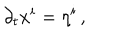
\partial _ { t } x ^ { i } = \eta ^ { i } \, ,